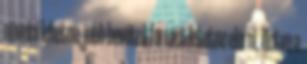
növelni lehetne, jobb bevételi forrást lehetne elérni, illetve a